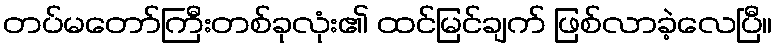
တပ်မတော်ကြီးတစ်ခုလုံး၏ ထင်မြင်ချက် ဖြစ်လာခဲ့လေပြီ။